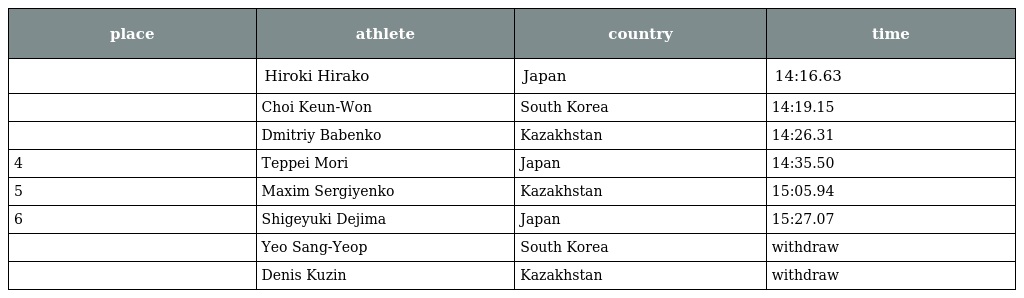
| place | athlete | country | time |
 | --- | --- | --- | --- |
 |  | Hiroki Hirako | Japan | 14:16.63 |
 |  | Choi Keun-Won | South Korea | 14:19.15 |
 |  | Dmitriy Babenko | Kazakhstan | 14:26.31 |
 | 4 | Teppei Mori | Japan | 14:35.50 |
 | 5 | Maxim Sergiyenko | Kazakhstan | 15:05.94 |
 | 6 | Shigeyuki Dejima | Japan | 15:27.07 |
 |  | Yeo Sang-Yeop | South Korea | withdraw |
 |  | Denis Kuzin | Kazakhstan | withdraw |